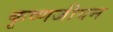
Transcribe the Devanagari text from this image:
कृष्णजीवन